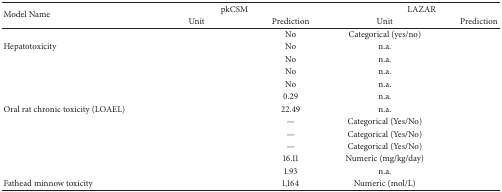
<table><thead><tr><td rowspan="2"><b>Model Name</b></td><td colspan="2"><b>pkCSM</b></td><td colspan="2"><b>LAZAR</b></td></tr><tr><td><b>Unit</b></td><td><b>Prediction</b></td><td><b>Unit</b></td><td><b>Prediction</b></td></tr></thead><tbody><tr><td>[EMPTY_CELL]</td><td>[EMPTY_CELL]</td><td>No</td><td>Categorical (yes/no)</td><td>[EMPTY_CELL]</td></tr><tr><td>Hepatotoxicity</td><td>[EMPTY_CELL]</td><td>No</td><td>n.a.</td><td>[EMPTY_CELL]</td></tr><tr><td>[EMPTY_CELL]</td><td>[EMPTY_CELL]</td><td>No</td><td>n.a.</td><td>[EMPTY_CELL]</td></tr><tr><td>[EMPTY_CELL]</td><td>[EMPTY_CELL]</td><td>No</td><td>n.a.</td><td>[EMPTY_CELL]</td></tr><tr><td>[EMPTY_CELL]</td><td>[EMPTY_CELL]</td><td>No</td><td>n.a.</td><td>[EMPTY_CELL]</td></tr><tr><td>[EMPTY_CELL]</td><td>[EMPTY_CELL]</td><td>0.29</td><td>n.a.</td><td>[EMPTY_CELL]</td></tr><tr><td>Oral rat chronic toxicity (LOAEL)</td><td>[EMPTY_CELL]</td><td>22.49</td><td>n.a.</td><td>[EMPTY_CELL]</td></tr><tr><td>[EMPTY_CELL]</td><td>[EMPTY_CELL]</td><td>—</td><td>Categorical (Yes/No)</td><td>[EMPTY_CELL]</td></tr><tr><td>[EMPTY_CELL]</td><td>[EMPTY_CELL]</td><td>—</td><td>Categorical (Yes/No)</td><td>[EMPTY_CELL]</td></tr><tr><td>[EMPTY_CELL]</td><td>[EMPTY_CELL]</td><td>—</td><td>Categorical (Yes/No)</td><td>[EMPTY_CELL]</td></tr><tr><td>[EMPTY_CELL]</td><td>[EMPTY_CELL]</td><td>16.11</td><td>Numeric (mg/kg/day)</td><td>[EMPTY_CELL]</td></tr><tr><td>[EMPTY_CELL]</td><td>[EMPTY_CELL]</td><td>1.93</td><td>n.a.</td><td>[EMPTY_CELL]</td></tr><tr><td>Fathead minnow toxicity</td><td>[EMPTY_CELL]</td><td>1,164</td><td>Numeric (mol/L)</td><td>[EMPTY_CELL]</td></tr></tbody></table>